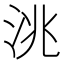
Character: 洮